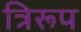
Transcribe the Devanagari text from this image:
त्रिरूप